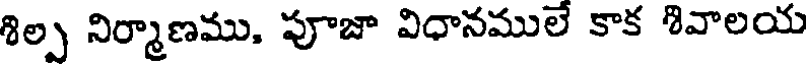
శిల్ప నిర్మాణము, పూజా విధానములే కాక శివాలయ